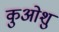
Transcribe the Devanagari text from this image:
कुओशु